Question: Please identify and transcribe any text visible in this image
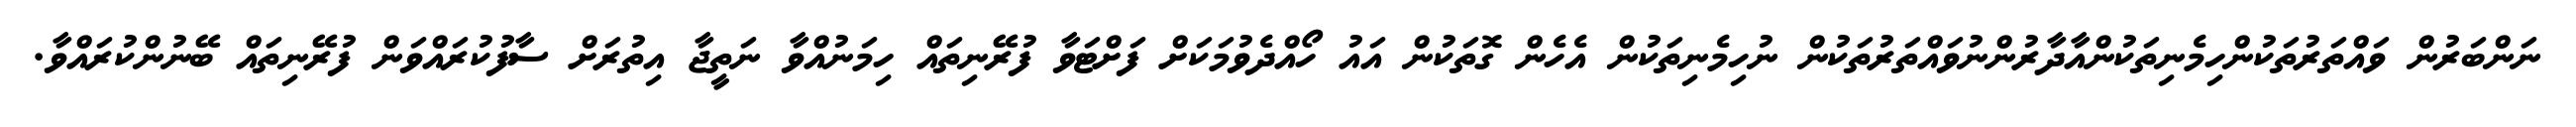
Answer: ނަންބަރުން ވައްތަރުތަކުންހިމެނިތަކުންއާދާރުންނުވައްތަރުތަކުން ނުހިމެނިތަކުން އެހެން ގޮތަކުން އައު ހޯއްދެވުމަކަށް ފަށްޓަވާ ފުރޭނިތައް ހިމަނުއްވާ ނަތީޖާ އިތުރަށް ސާފުކުރައްވަން ފުރޭނިތައް ބޭނުންކުރައްވާ.